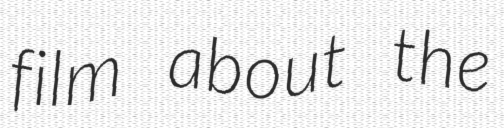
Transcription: film about the